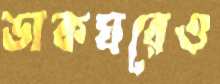
ডাকঘরেও